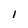
Character: I